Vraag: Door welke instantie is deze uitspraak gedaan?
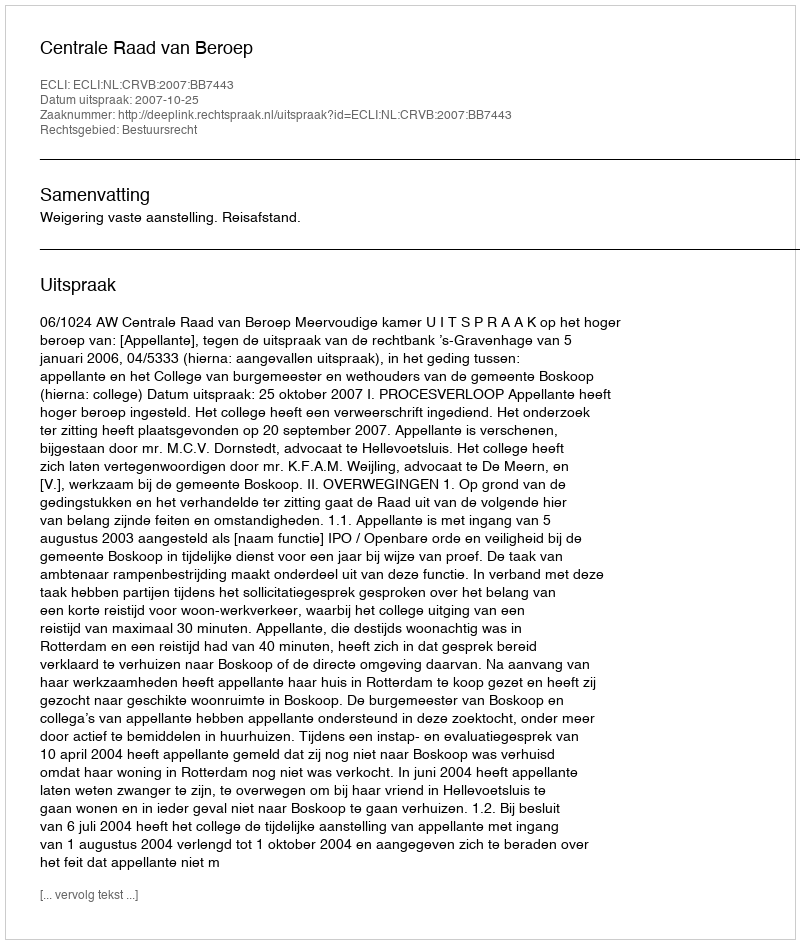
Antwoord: Centrale Raad van Beroep